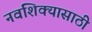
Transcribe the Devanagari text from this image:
नवशिक्यासाठी